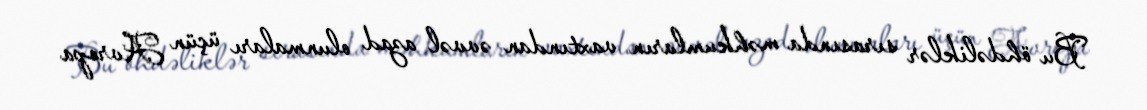
Bu öhdəliklər sırasında məhkumların vaxtından əvvəl azad olunmaları üçün Avropa